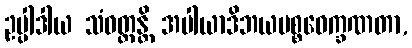
ဥပ္ပါဒါယ သံဝတ္တန္တိ အပါယာဒိဘယပစ္စဝေက္ခဏတာ,